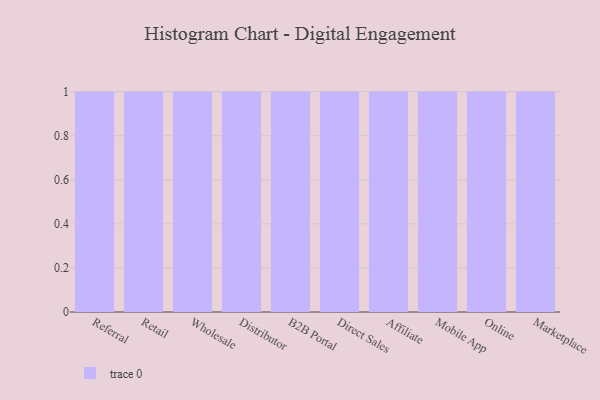
{"axis": {"x": "Channel", "y": "Website Visitors"}, "legend": [""], "data": [{"x": "Referral", "y": 72, "type": ""}, {"x": "Retail", "y": 81, "type": ""}, {"x": "Wholesale", "y": 79, "type": ""}, {"x": "Distributor", "y": 22, "type": ""}, {"x": "B2B Portal", "y": 84, "type": ""}, {"x": "Direct Sales", "y": 24, "type": ""}, {"x": "Affiliate", "y": 29, "type": ""}, {"x": "Mobile App", "y": 77, "type": ""}, {"x": "Online", "y": 98, "type": ""}, {"x": "Marketplace", "y": 38, "type": ""}]}